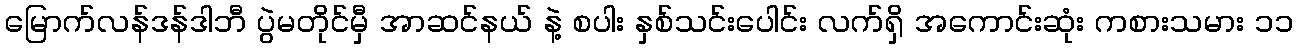
မြောက်လန်ဒန်ဒါဘီ ပွဲမတိုင်မှီ အာဆင်နယ် နဲ့ စပါး နှစ်သင်းပေါင်း လက်ရှိ အကောင်းဆုံး ကစားသမား ၁၁